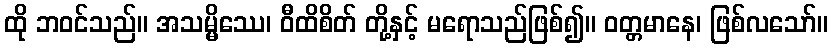
ထို ဘဝင်သည်။ အသမ္မိဿေ၊ ဝီထိစိတ် တို့နှင့် မရောသည်ဖြစ်၍။ ဝတ္တမာနေ၊ ဖြစ်လသော်။